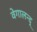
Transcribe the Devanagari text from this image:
वेगालन्द्